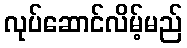
လုပ်ဆောင်လိမ့်မည်